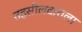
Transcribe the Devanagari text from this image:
तहसीलदाराला